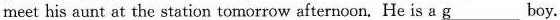
meet his aunt at the station tomorrow afternoon. He is a g____boy.